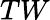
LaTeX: TW